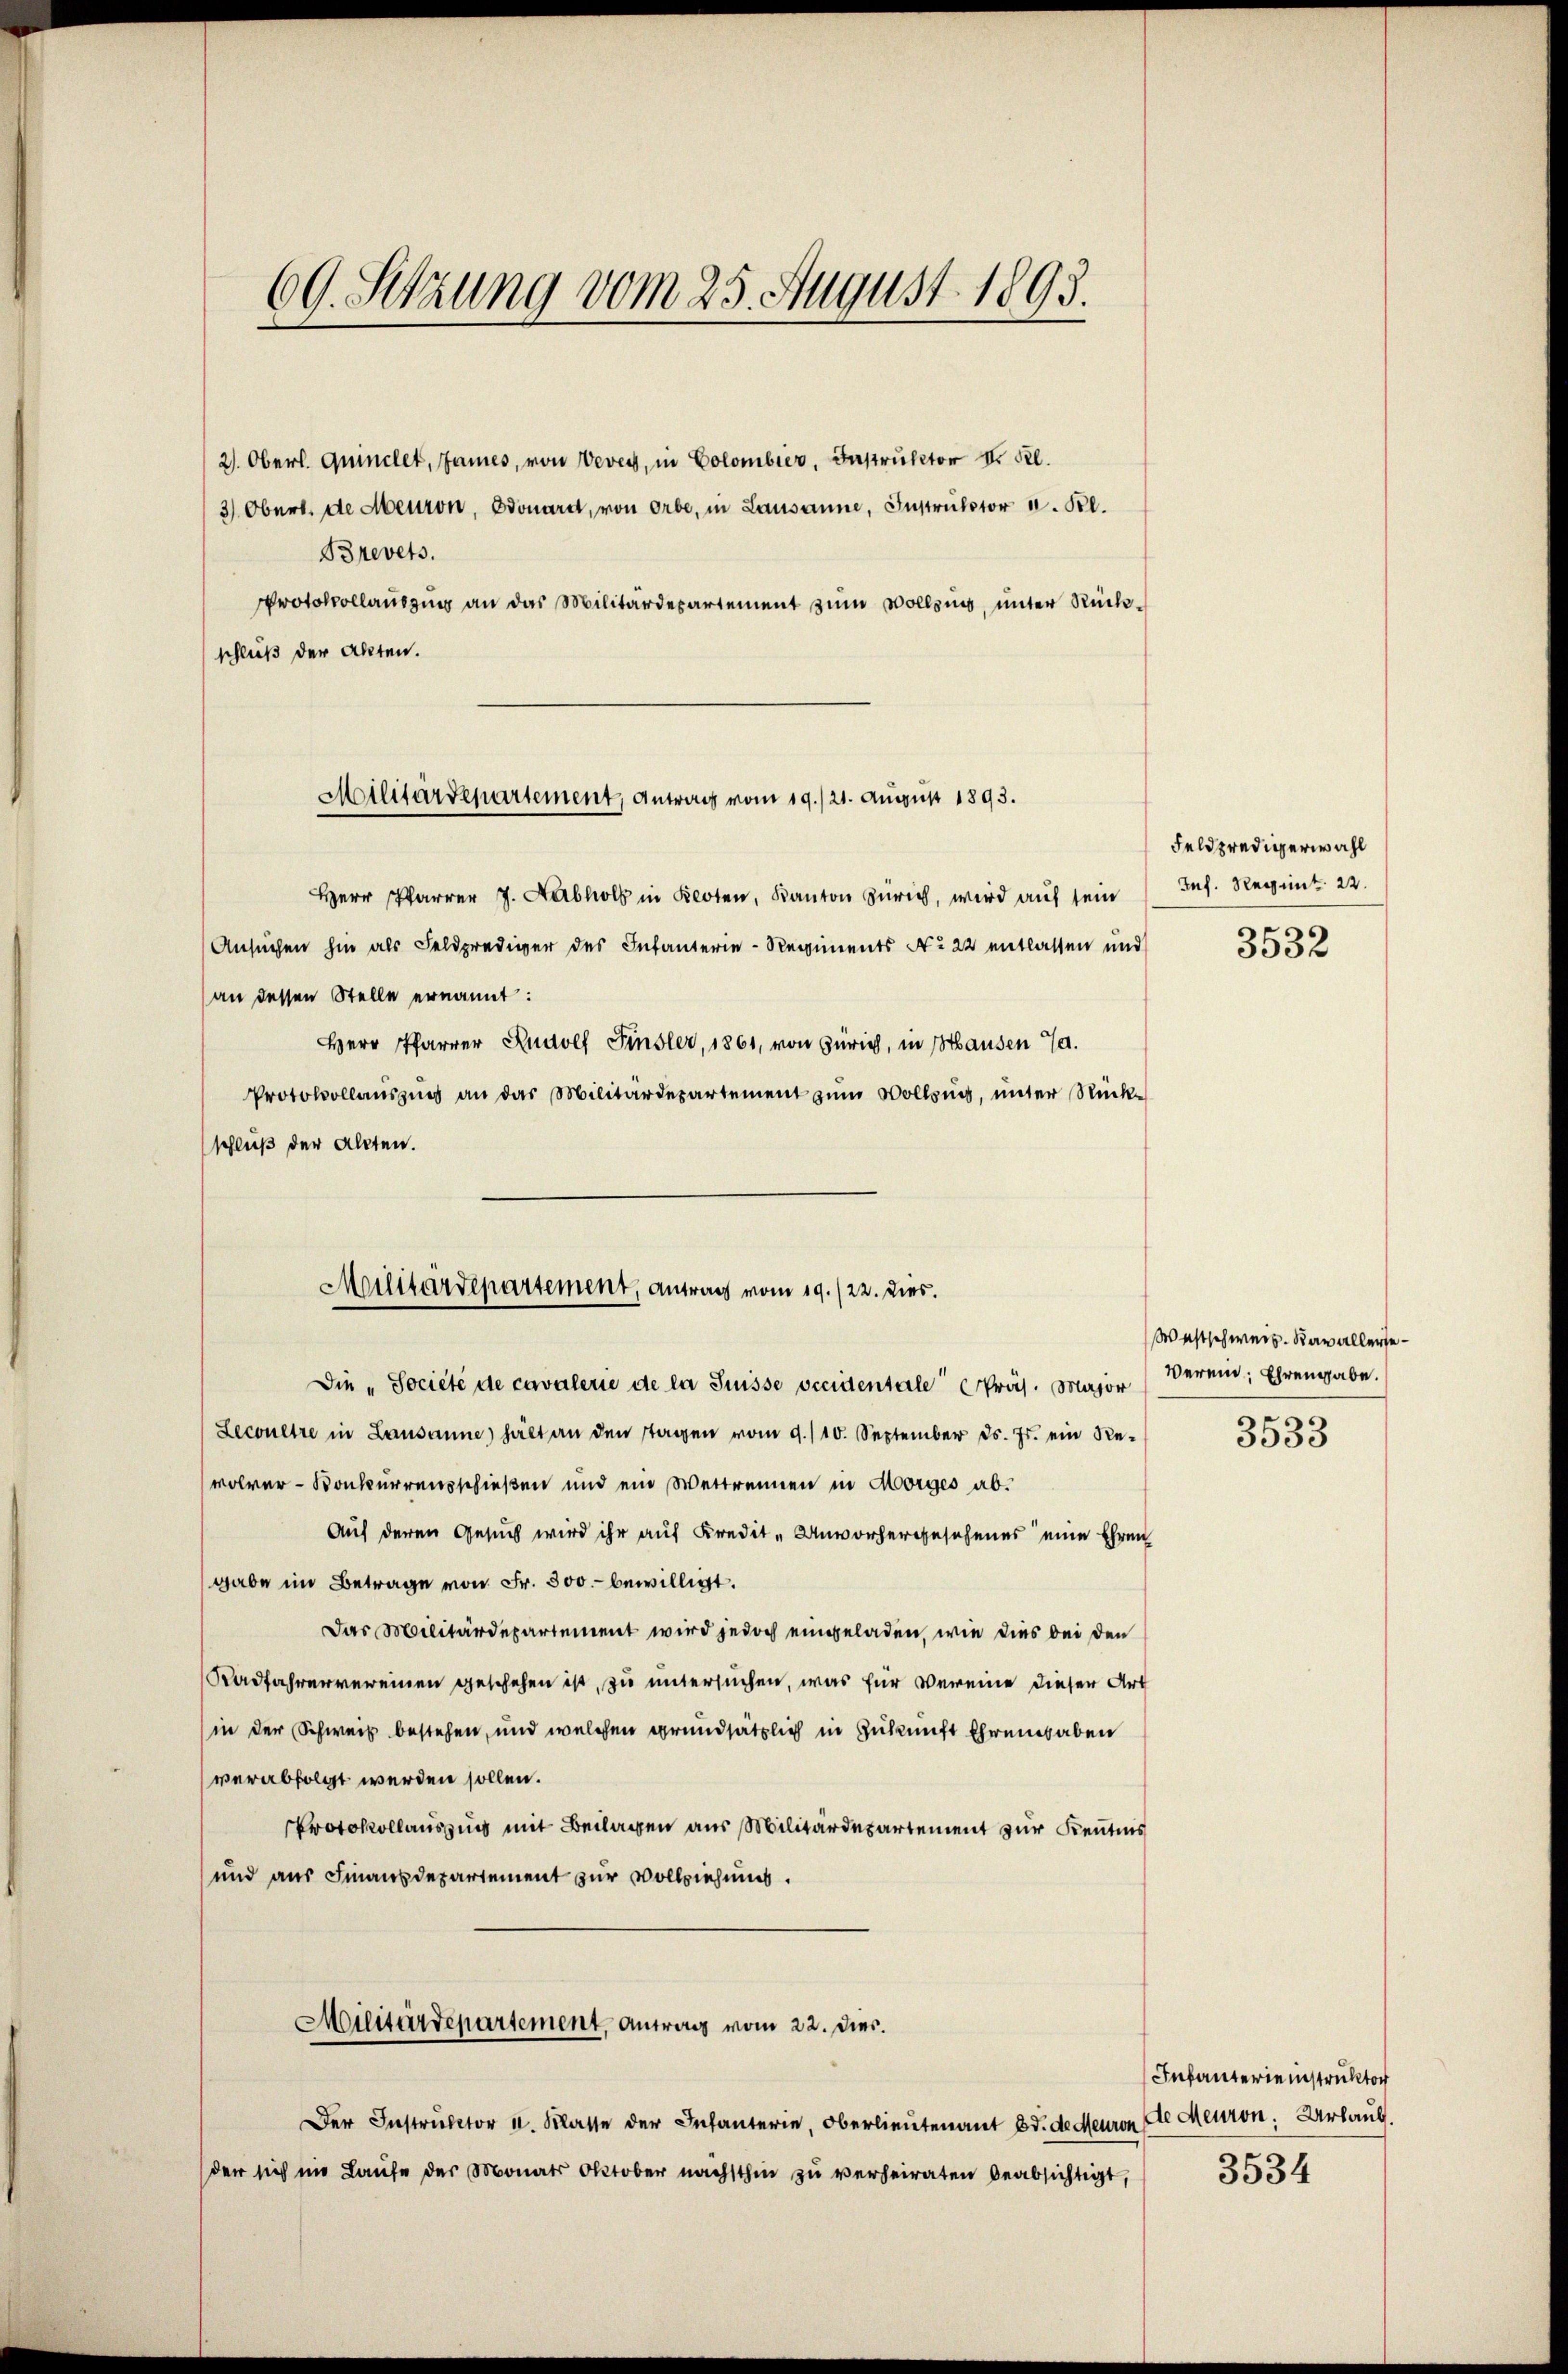
69. Setzung vom 25. August 1893.

2). Oberl. Quinclet, James, von Vevey, in Colombier, Instructor III. Kl.
3). Obert. de Meuron, donard, von Orbe, in Lausanne, Instruktor u. Kl.
Brevets.
Protokollauszug an das Militärdepartement zum Vollzung, unter Rückschluß der Akten.

Militärdepartement, Antrag vom 19./21. August 1893.

Militärdepartement, antrag vom 19. /22. Dies

Herr Pfarrer J. Nabholz in Kloten, Kanton Zürich, wird auf sein
Ansuchen hin als Feldprediger des Infanterie-Regiments No 22 entlassen und
an dessen Stelle ernannt:
Herr Pfarrer Rudolf Finsler, 1861, von Zürich, in Hausen S.
Protokollaŭszŭg an das Militärdepartement zŭm Vollzug, unter Rück-
schluß der Akten.
Die „Societé de cavalerie de la Suisse occidentale Präs. Major
Lecontre in Lausanne) hält an den stagen vom 9./10. September d. Js. ein Re-
volrer- Konkurrensschießen und ein Vertrennen in Morges ab¬
Auf deren Gesuch wird ihr auf Kredit-Unvorhergesehenes eine Ehren
gabe im Betrage von Fr. 500. bewilligt.
Das Militärdepartement wird jedoch eingeladen, wie dies bei den
Kadfahrervereinen geschehen ist, zu untersuchen, was für vereine dieser Art
(in der Schweiz bestehen, und welchen grundsätzlich in Zukunft Ehrengaben
verabfolgt werden sollen.
Protokollauszug mit Beilagen aus Militärdepartement zur Kenntnis
und aus Finanzdepartement zur Vollziehung.
Militärdepartement, Antrag vom 22. Dies.
Der Instruktor u. Klasse der Infanterie, Oberlieutenant Bd. de deuron Die Meuron Urlaub.
der sich im Laufe der Monats Oktober nächsthin zu verheiraten beabsichtigt,

Feldpredigerwahl
Inf. Reginnt. 22.

3532

Westschweiz. Kavallerse¬
Verein, Ehrengabe.

3533

Infanterie instruktor
3534